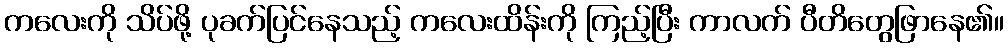
ကလေးကို သိပ်ဖို့ ပုခက်ပြင်နေသည့် ကလေးထိန်းကို ကြည့်ပြီး ကာလက် ပီတိတွေဖြာနေ၏။